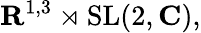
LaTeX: \mathbf{R}^{1,3}\rtimes\mathrm{SL}(2,\mathbf{C}),